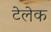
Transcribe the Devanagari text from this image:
टेलेक